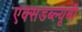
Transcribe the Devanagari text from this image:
एक्सडब्ल्यूबी